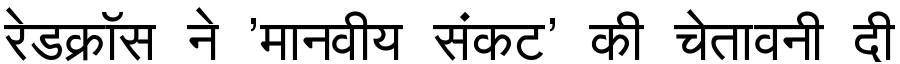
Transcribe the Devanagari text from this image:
रेडक्रॉस ने 'मानवीय संकट' की चेतावनी दी